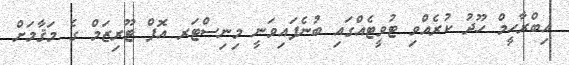
އިބްރާހީމް ހޫދު ކުރެއްވި ޓުވީޓެއްގައި ބުނެފައިވަނީ މިނިސްޓަރ އޮފް ޓޫރިޒަމް ގެ މަޤާމަށް